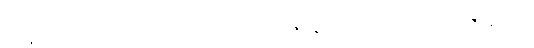
သဒ္ဓါတရားရှိသောသူ ဟူ၍။ မံ၊ ငါ့ကို။ ဇနော၊ လူအများသည်။ ဇာနာတု၊